Indian journal of veterinary science and animal husbandry - Volumes 28-29, 1958-1959
Year: 1958
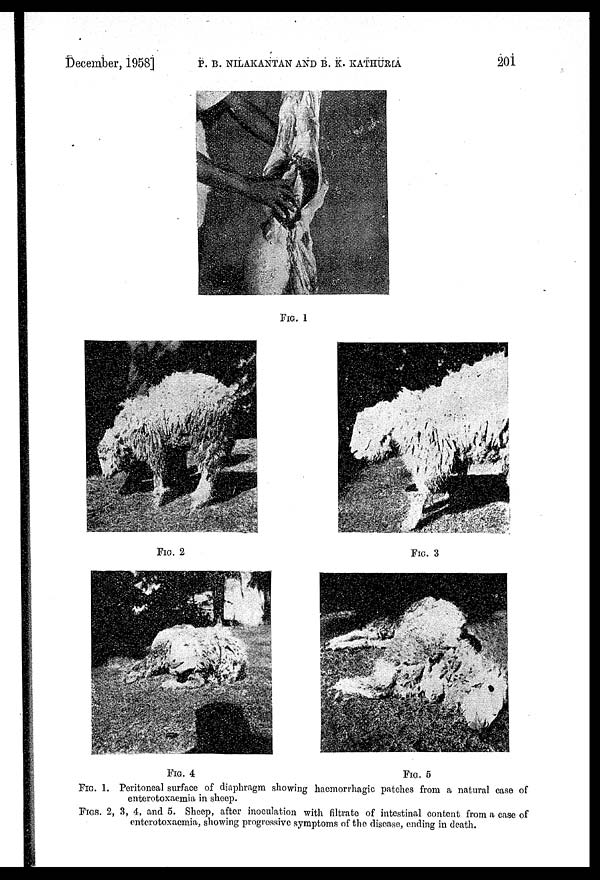
December, 1958] P. B. NILAKANTAN AND B. K. KATHURIA 201
FIG. 1
FIG. 2
FIG. 3
FIG. 4
FIG. 5
FIG. 1. Peritoneal surface of diaphragm showing haemorrhagic patches from a natural case of
enterotoxaemia in sheep.
FIGS. 2, 3, 4, and 5. Sheep, after inoculation with filtrate of intestinal content from a case of
enterotoxaemia, showing progressive symptoms of the disease, ending in death.